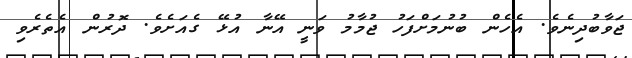
ޖަވާބުދިނެވެ. އެހެން ބުނުމަށްފަހު ޖުމާމު ވަނީ އޭނާ އުޅޭ ގެއަށެވެ. ދޮރުން އެތެރެވި